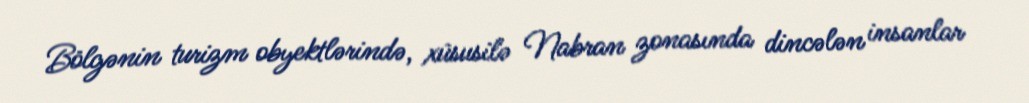
Bölgənin turizm obyektlərində, xüsusilə Nabran zonasında dincələn insanlar